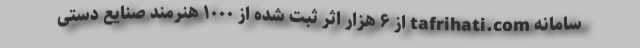
سامانه tafrihati.com از ۶ هزار اثر ثبت شده از ۱۰۰۰ هنرمند صنایع دستی